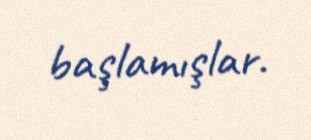
başlamışlar.